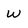
Character: W